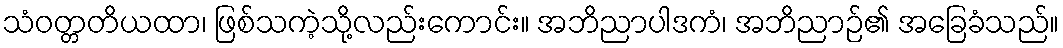
သံဝတ္တတိယထာ၊ ဖြစ်သကဲ့သို့လည်းကောင်း။ အဘိညာပါဒကံ၊ အဘိညာဉ်၏ အခြေခံသည်။